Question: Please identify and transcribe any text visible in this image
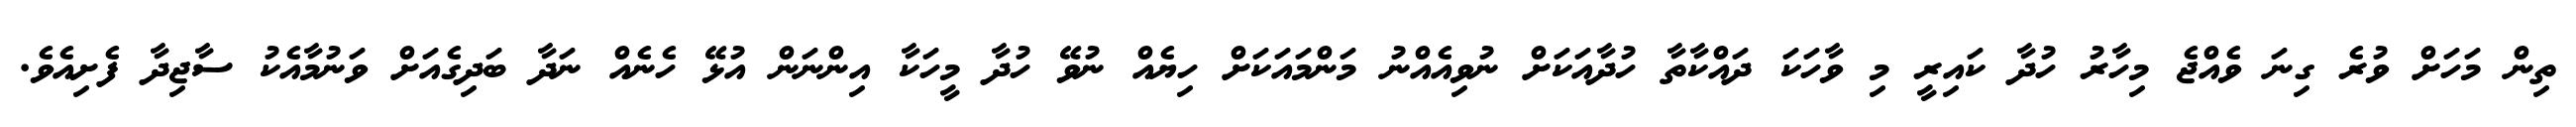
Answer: ތިން މަހަށް ވުރެ ގިނަ ވެއްޖެ މިހާރު ހުދާ ކައިރީ މި ވާހަކަ ދައްކާތާ ހުދާއަކަށް ނުވިއެއްނު މަންމައަކަށް ހިޔެއް ނުވޭ ހުދާ މީހަކާ އިންނަން އުޅޭ ހެނެއް ނަދާ ބަދިގެއަށް ވަނުމާއެކު ސާޖިދާ ފެށިއެވެ.